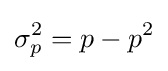
\sigma _{p}^{2}=p-p^{2}